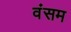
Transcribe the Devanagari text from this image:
वंसम